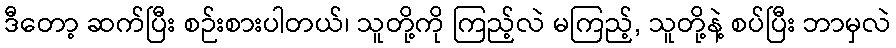
ဒီတော့ ဆက်ပြီး စဉ်းစားပါတယ်၊ သူတို့ကို ကြည့်လဲ မကြည့်, သူတို့နဲ့ စပ်ပြီး ဘာမှလဲ